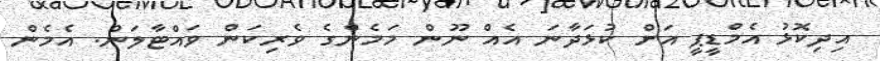
އިދިކޮޅު އެމްޑީޕީ އަށް ކުޅަދާނަ އެއް ނޫން މަމެންގެ ވެރިކަން ވައްޓާލަން. އެމެން